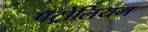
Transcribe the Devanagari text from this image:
पॅट्रोलियम